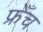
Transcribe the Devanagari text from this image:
फ्रेँच